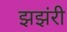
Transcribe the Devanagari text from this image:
झझंरी